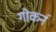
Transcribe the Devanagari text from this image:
गोकर्न